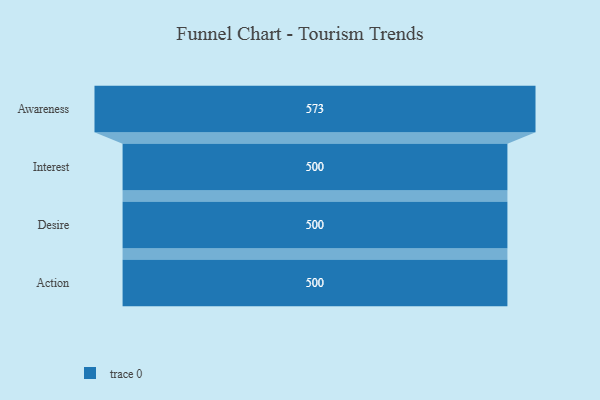
{"axis": {"x": "Stage", "y": "Value"}, "legend": [""], "data": [{"x": "Awareness", "y": 573.0, "type": ""}, {"x": "Interest", "y": 500, "type": ""}, {"x": "Desire", "y": 500, "type": ""}, {"x": "Action", "y": 500, "type": ""}]}